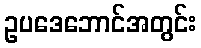
ဥပဒေဘောင်အတွင်း